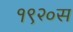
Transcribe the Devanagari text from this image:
१९२०स